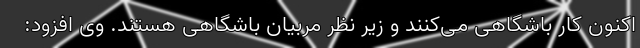
اکنون کار باشگاهی می‌کنند و زیر نظر مربیان باشگاهی هستند. وی افزود: